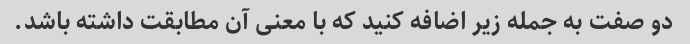
دو صفت به جمله زیر اضافه کنید که با معنی آن مطابقت داشته باشد.